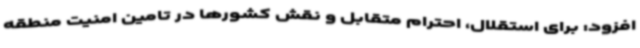
افزود: برای استقلال، احترام متقابل و نقش کشورها در تامین امنیت منطقه